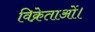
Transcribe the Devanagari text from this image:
विक्रेताओं।